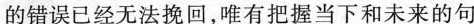
的错误已经无法挽回，唯有把握当下和未来的句